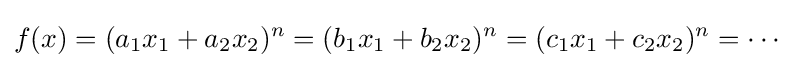
f(x)=(a_{1}x_{1}+a_{2}x_{2})^{n}=(b_{1}x_{1}+b_{2}x_{2})^{n}=(c_{1}x_{1}+c_{2}x_{2})^{n}=\cdots